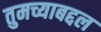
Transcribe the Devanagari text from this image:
तुमच्याबद्दल